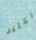
الكثير